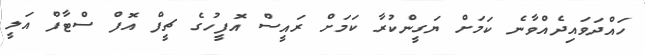
ހައްދަވައިދެއްވާނެ ކަމަށް ޔަގީންކުރާ ކަމަށް ރައީސް އޮފީހުގެ ޗީފް އޮފް ސްޓާފް އަލީ